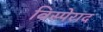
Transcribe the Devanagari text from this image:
विस्पेराद